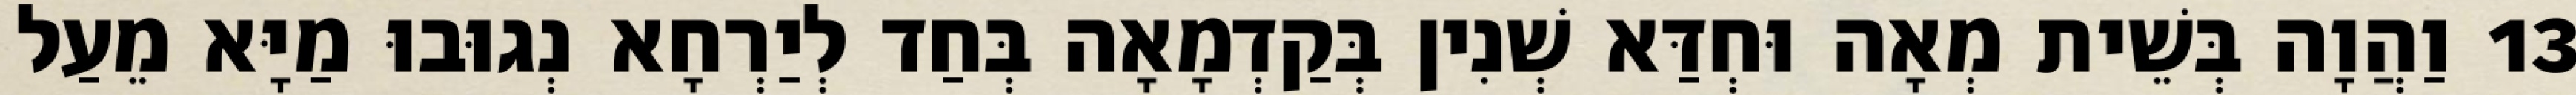
13 וַהֲוָה בְּשֵׁית מְאָה וּחְדַּא שְׁנִין בְּקַדְמָאָה בְּחַד לְיַרְחָא נְגוּבוּ מַיָּא מֵעַל